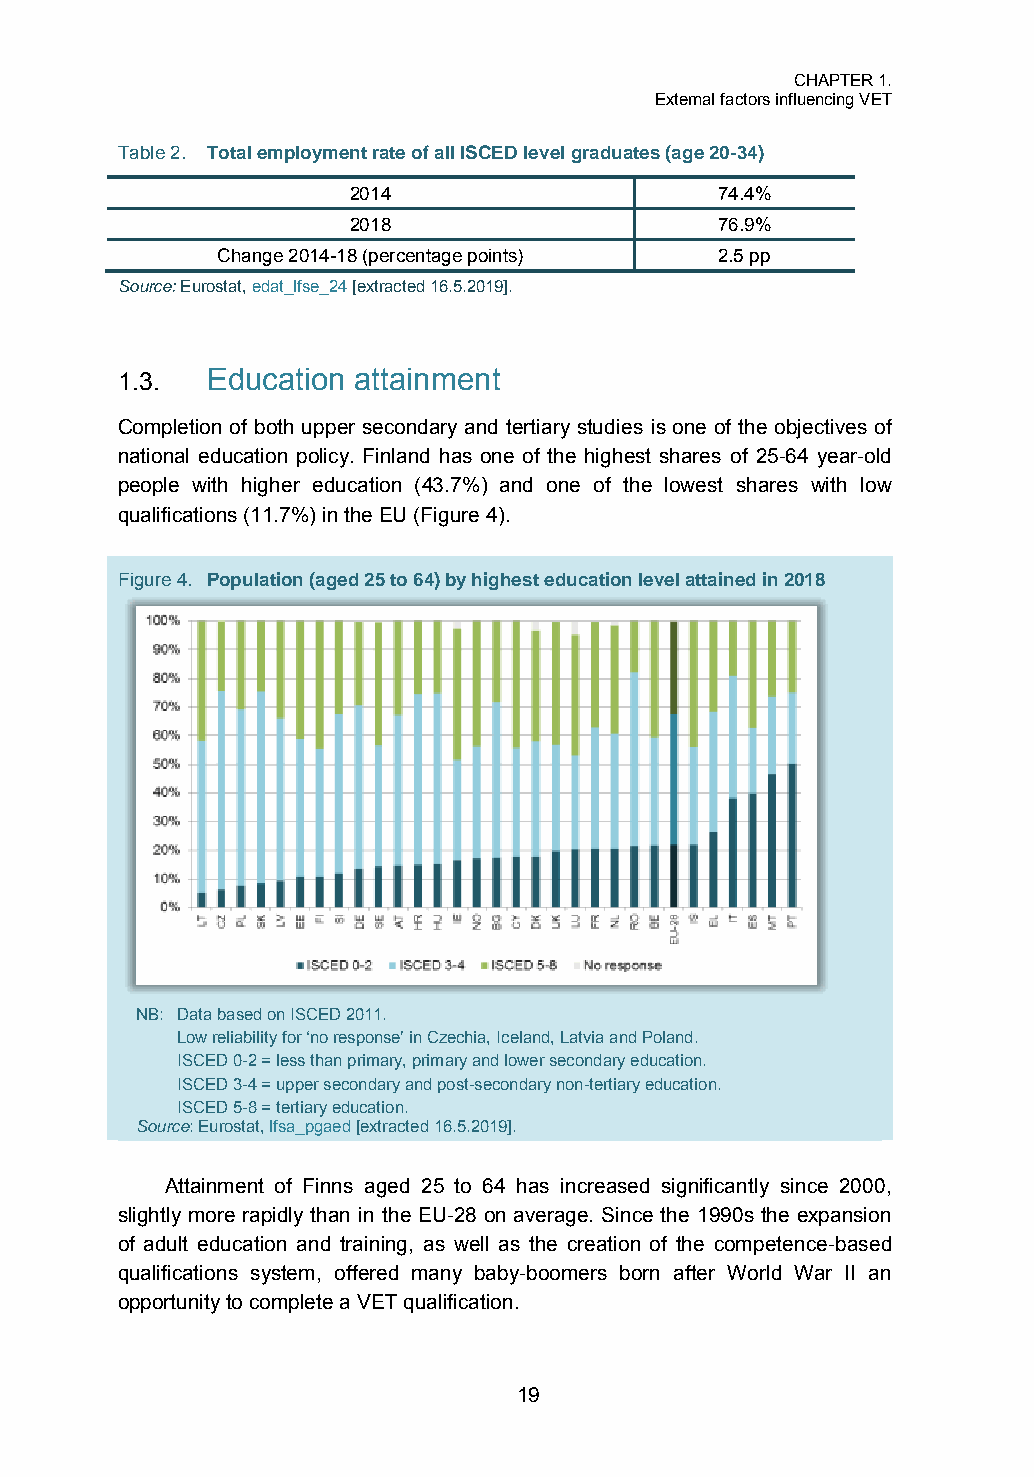
CHAPTER 1.
 External factors influencing VET
 Table 2. Total employment rate of all ISCED level graduates (age 20-34)
 2014                     74.4%
 2018                     76.9%
 Change 2014-18 (percentage points) 2.5 pp
 Source: Eurostat, edat_lfse_24 [extracted 16.5.2019].
 1.3.  Education attainment
 Completion of both upper secondary and tertiary studies is one of the objectives of
 national education policy. Finland has one of the highest shares of 25-64 year-old
 people with higher education (43.7%) and one of the lowest shares with low
 qualifications (11.7%) in the EU (Figure 4).
 Figure 4. Population (aged 25 to 64) by highest education level attained in 2018
 NB: Data based on ISCED 2011.
 Low reliability for ‘no response’ in Czechia, Iceland, Latvia and Poland.
 ISCED 0-2 = less than primary, primary and lower secondary education.
 ISCED 3-4 = upper secondary and post-secondary non-tertiary education.
 ISCED 5-8 = tertiary education.
 Source: Eurostat, lfsa_pgaed [extracted 16.5.2019].
 Attainment of Finns aged 25 to 64 has increased significantly since 2000,
 slightly more rapidly than in the EU-28 on average. Since the 1990s the expansion
 of adult education and training, as well as the creation of the competence-based
 qualifications system, offered many baby-boomers born after World War II an
 opportunity to complete a VET qualification.
 19